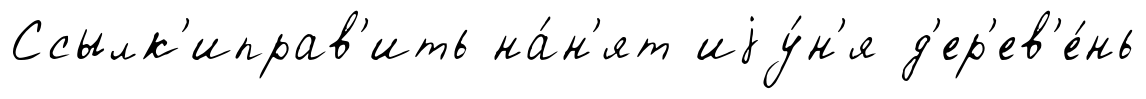
Ссылк'иправ'ить на́н'ят иjу́н'я д'ер'ев'е́нь